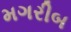
મગરીબ